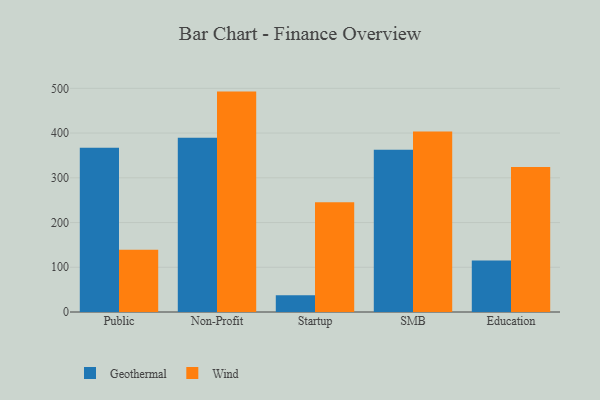
{"axis": {"x": "Segment", "y": "Budget (USD K)"}, "legend": ["Geothermal", "Wind"], "data": [{"x": "Public", "y": 367.4, "type": "Geothermal"}, {"x": "Public", "y": 139.3, "type": "Wind"}, {"x": "Non-Profit", "y": 389.6, "type": "Geothermal"}, {"x": "Non-Profit", "y": 492.7, "type": "Wind"}, {"x": "Startup", "y": 37.7, "type": "Geothermal"}, {"x": "Startup", "y": 245.6, "type": "Wind"}, {"x": "SMB", "y": 362.7, "type": "Geothermal"}, {"x": "SMB", "y": 403.3, "type": "Wind"}, {"x": "Education", "y": 115.1, "type": "Geothermal"}, {"x": "Education", "y": 324.1, "type": "Wind"}]}